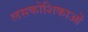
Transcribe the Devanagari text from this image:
लसकोशिकाओं